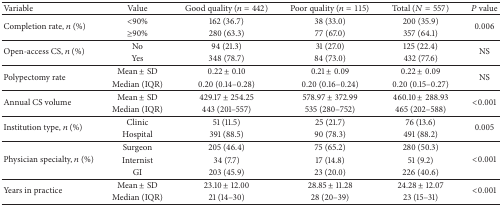
| Variable | Value | Good quality (n = 442) | Poor quality (n = 115) | Total (N = 557) | P value |
 | --- | --- | --- | --- | --- | --- |
 | <ROWSPAN=2> Completion rate, n (%) | <90% | 162 (36.7) | 38 (33.0) | 200 (35.9) | <ROWSPAN=2> 0.006 |
 | ≥90% | 280 (63.3) | 77 (67.0) | 357 (64.1) |
 | <ROWSPAN=2> Open-access CS, n (%) | No | 94 (21.3) | 31 (27.0) | 125 (22.4) | <ROWSPAN=2> NS |
 | Yes | 348 (78.7) | 84 (73.0) | 432 (77.6) |
 | <ROWSPAN=2> Polypectomy rate | Mean ± SD | 0.22 ± 0.10 | 0.21 ± 0.09 | 0.22 ± 0.09 | <ROWSPAN=2> NS |
 | Median (IQR) | 0.20 (0.14–0.28) | 0.20 (0.16–0.24) | 0.20 (0.15–0.27) |
 | <ROWSPAN=2> Annual CS volume | Mean ± SD | 429.17 ± 254.25 | 578.97 ± 372.99 | 460.10 ± 288.93 | <ROWSPAN=2> <0.001 |
 | Median (IQR) | 443 (201–557) | 535 (280–752) | 465 (202–588) |
 | <ROWSPAN=2> Institution type, n (%) | Clinic | 51 (11.5) | 25 (21.7) | 76 (13.6) | <ROWSPAN=2> 0.005 |
 | Hospital | 391 (88.5) | 90 (78.3) | 491 (88.2) |
 | <ROWSPAN=3> Physician specialty, n (%) | Surgeon | 205 (46.4) | 75 (65.2) | 280 (50.3) | <ROWSPAN=3> <0.001 |
 | Internist | 34 (7.7) | 17 (14.8) | 51 (9.2) |
 | GI | 203 (45.9) | 23 (20.0) | 226 (40.6) |
 | <ROWSPAN=2> Years in practice | Mean ± SD | 23.10 ± 12.00 | 28.85 ± 11.28 | 24.28 ± 12.07 | <ROWSPAN=2> <0.001 |
 | Median (IQR) | 21 (14–30) | 28 (20–39) | 23 (15–31) |